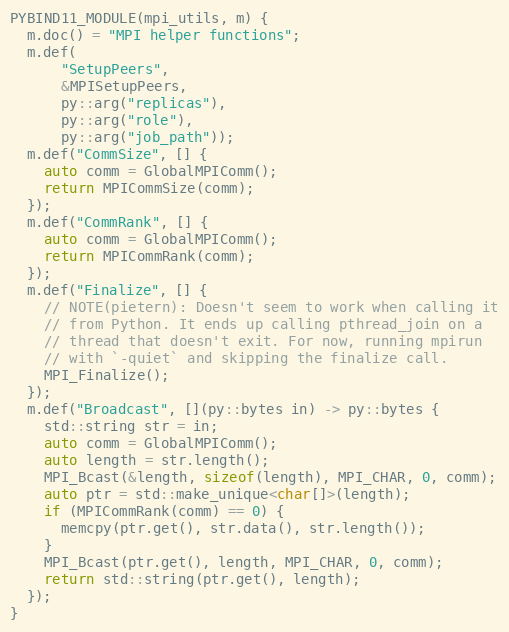
Language: C++
PYBIND11_MODULE(mpi_utils, m) {
  m.doc() = "MPI helper functions";
  m.def(
      "SetupPeers",
      &MPISetupPeers,
      py::arg("replicas"),
      py::arg("role"),
      py::arg("job_path"));
  m.def("CommSize", [] {
    auto comm = GlobalMPIComm();
    return MPICommSize(comm);
  });
  m.def("CommRank", [] {
    auto comm = GlobalMPIComm();
    return MPICommRank(comm);
  });
  m.def("Finalize", [] {
    // NOTE(pietern): Doesn't seem to work when calling it
    // from Python. It ends up calling pthread_join on a
    // thread that doesn't exit. For now, running mpirun
    // with `-quiet` and skipping the finalize call.
    MPI_Finalize();
  });
  m.def("Broadcast", [](py::bytes in) -> py::bytes {
    std::string str = in;
    auto comm = GlobalMPIComm();
    auto length = str.length();
    MPI_Bcast(&length, sizeof(length), MPI_CHAR, 0, comm);
    auto ptr = std::make_unique<char[]>(length);
    if (MPICommRank(comm) == 0) {
      memcpy(ptr.get(), str.data(), str.length());
    }
    MPI_Bcast(ptr.get(), length, MPI_CHAR, 0, comm);
    return std::string(ptr.get(), length);
  });
}